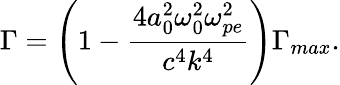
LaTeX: \Gamma=\left(1-\frac{4a_{0}^{2}\omega_{0}^{2}\omega_{pe}^{2}}{c^{4}k^{4}}\right)\Gamma_{max}.